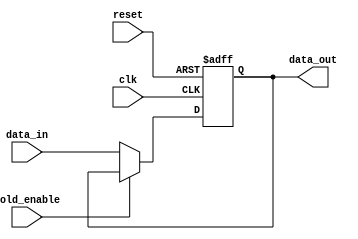
module hold_condition (
    input wire clk,              // Clock signal
    input wire reset,            // Reset signal
    input wire hold_enable,      // Hold enable signal
    input wire [7:0] data_in,    // Data input signal (8-bit for example)
    output reg [7:0] data_out     // Data output signal (8-bit for example)
);

    // Predefined initial value for reset
    parameter INITIAL_VALUE = 8'b00000000;

    always @(posedge clk or posedge reset) begin
        if (reset) begin
            // On reset, set output to initial value
            data_out <= INITIAL_VALUE;
        end else if (!hold_enable) begin
            // If hold is not enabled, update output with data input
            data_out <= data_in;
        end
        // If hold_enable is asserted, retain the current value of data_out
    end

endmodule